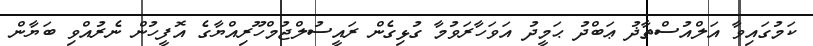
ކަމުގައިވާ އަލްއުސްތާޛު ޢަބްދު ޙަމީދު އަވަހާރަވުމާ ގުޅިގެން ރައީސުލްޖުމްހޫރިއްޔާގެ އޮފީހުން ނެރުއްވި ބަޔާން